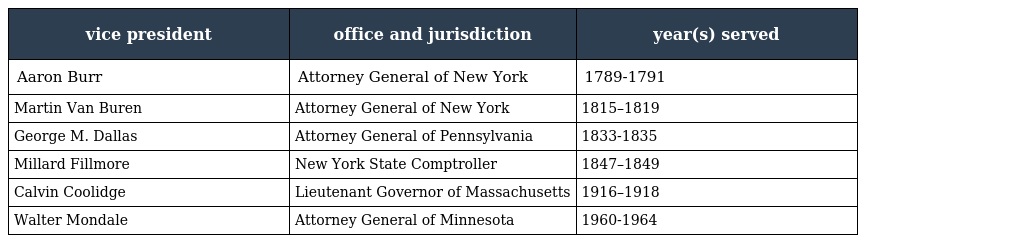
| vice president | office and jurisdiction | year(s) served |
 | --- | --- | --- |
 | Aaron Burr | Attorney General of New York | 1789-1791 |
 | Martin Van Buren | Attorney General of New York | 1815–1819 |
 | George M. Dallas | Attorney General of Pennsylvania | 1833-1835 |
 | Millard Fillmore | New York State Comptroller | 1847–1849 |
 | Calvin Coolidge | Lieutenant Governor of Massachusetts | 1916–1918 |
 | Walter Mondale | Attorney General of Minnesota | 1960-1964 |